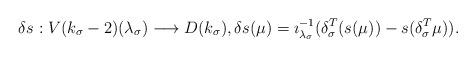
LaTeX: \begin{align*} \delta s:V(k_\sigma-2)(\lambda_\sigma)\longrightarrow D(k_\sigma),\delta s(\mu)=\imath_{\lambda_\sigma}^{-1}(\delta^T_\sigma(s(\mu))-s(\delta^T_\sigma\mu)).\end{align*}